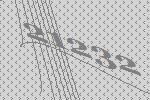
21232